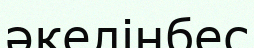
әкелінбес